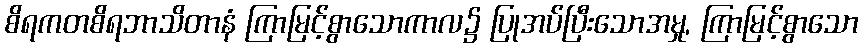
စိရကတစိရဘာသိတာနံ ကြာမြင့်စွာသောကာလ၌ ပြုအပ်ပြီးသောအမှု, ကြာမြင့်စွာသော